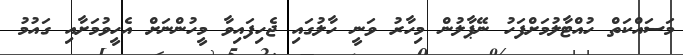
މަސައްކަތް ހުއްޓާލުމަށްފަހު ނޭޕާލުން މިހާރު ވަނީ ހާލުގައި ޖެހިފައިވާ މީހުންނަށް އެހީވުމަށާއި ގައުމު